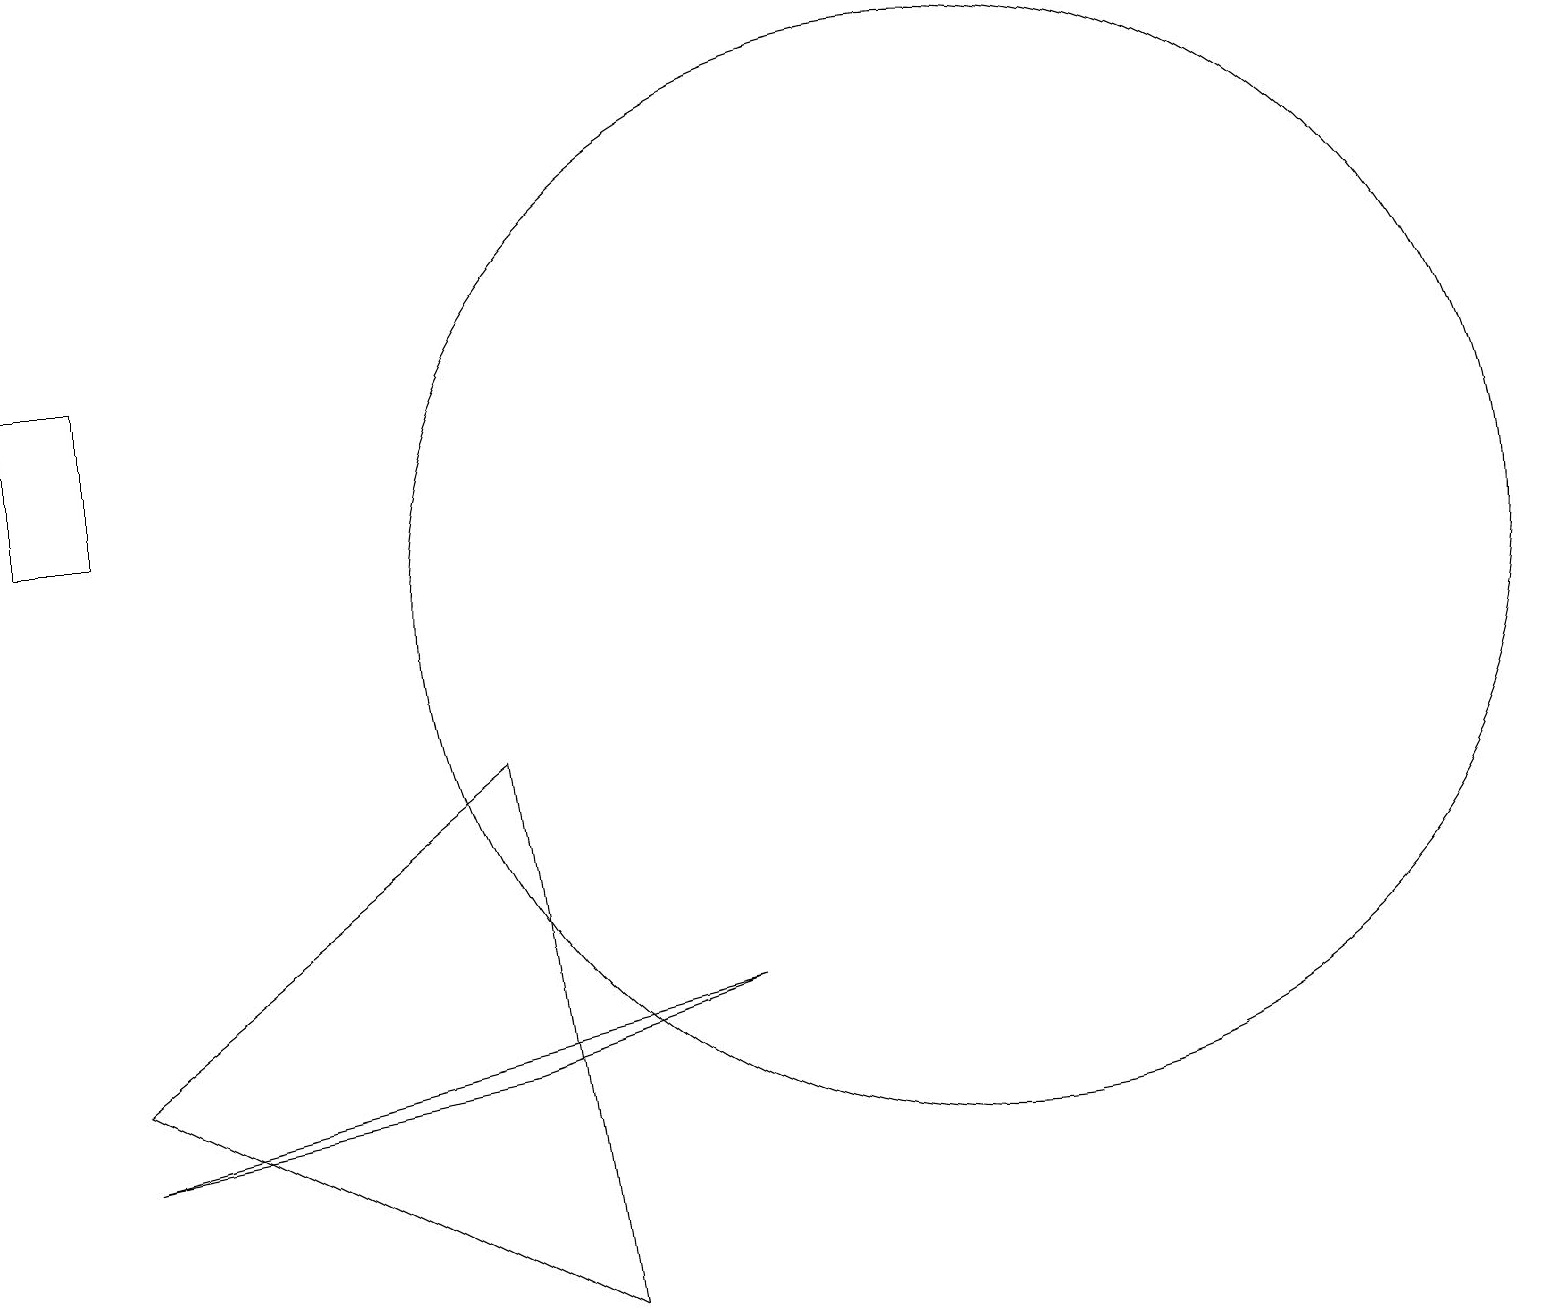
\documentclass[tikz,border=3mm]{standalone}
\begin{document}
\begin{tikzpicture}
\draw (12,10) circle (7);
\draw (0,13) rectangle (1,11);
\draw (6,8) -- (1,4) -- (7,1) -- cycle;
\draw (9,5) -- (1,3) -- (6,4) -- cycle;
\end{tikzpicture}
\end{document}